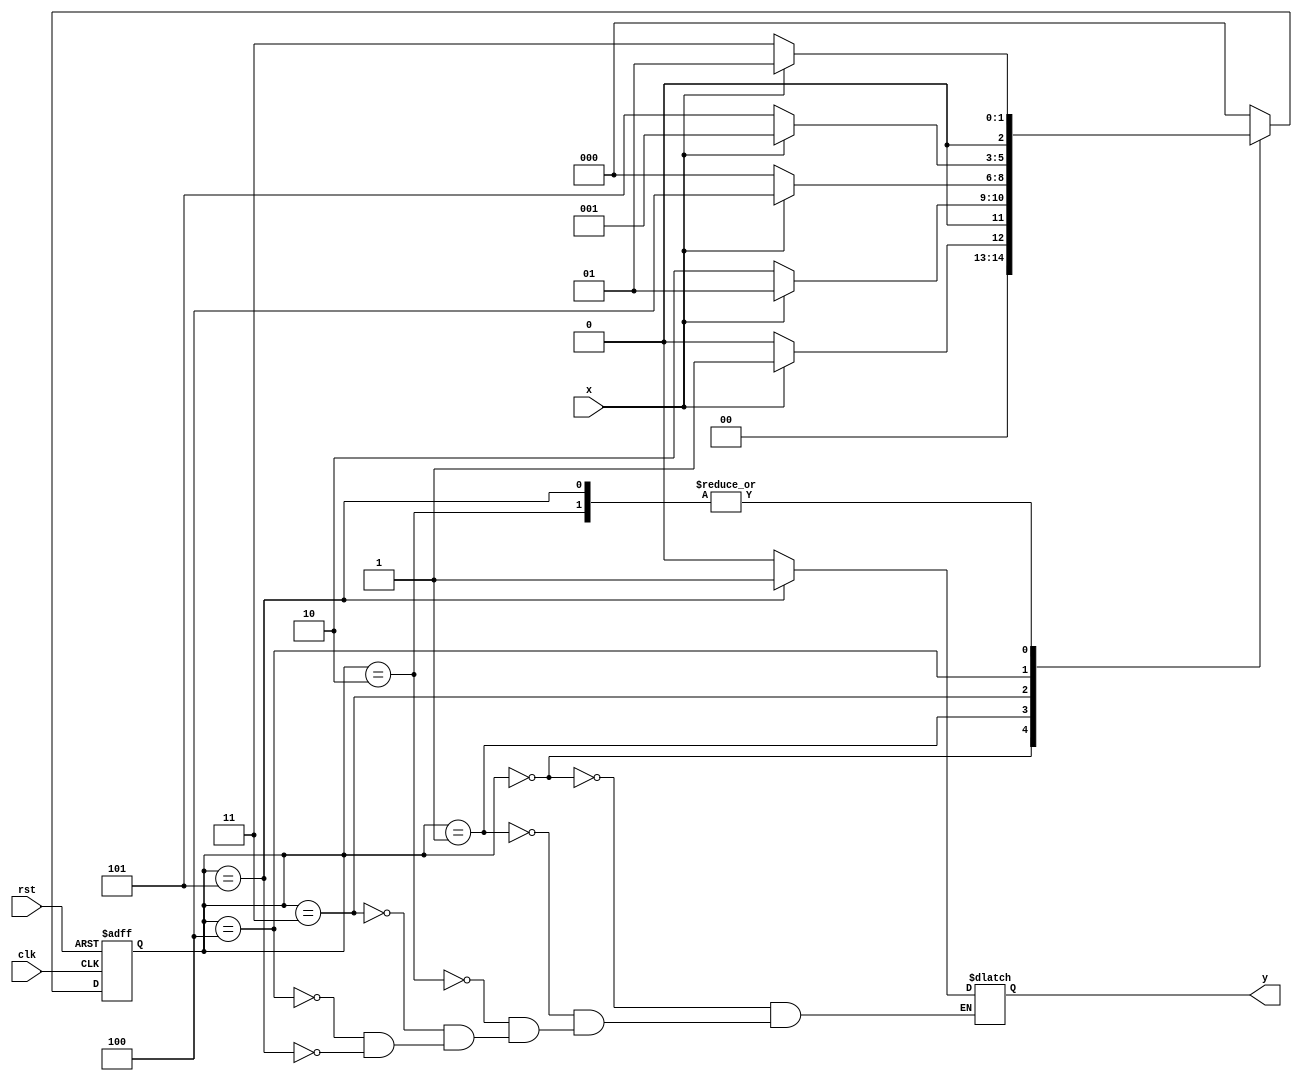
`timescale 1ns / 1ps
//////////////////////////////////////////////////////////////////////////////////
// Company: 
// Engineer: 
// 
// Design Name: 
// Module Name:    part2 
// Project Name: 
// Target Devices: 
// Tool versions: 
// Description: 
//
// Dependencies: 
//
// Revision: 
// Revision 0.01 - File Created
// Additional Comments: 
//
//////////////////////////////////////////////////////////////////////////////////
module part2(
    input x,
    input rst,
    input clk,
    output reg y
    );
reg [2:0] curState,nextState;

always @(posedge clk or  posedge rst)
begin
	if(rst)
		curState = 0;
	else 
		curState = nextState;
end

always @(x or curState)
begin
	case(curState)
	3'b000: if(x==0) nextState = 3'b000; else nextState = 3'b001;
	3'b001: if(x==0) nextState = 3'b010; else nextState = 3'b001;
	3'b010: if(x==0) nextState = 3'b011; else nextState = 3'b001;
	3'b011: if(x==0) nextState = 3'b000; else nextState = 3'b100;
	3'b100: if(x==0) nextState = 3'b101; else nextState = 3'b001;
	3'b101: if(x==0) nextState = 3'b011; else nextState = 3'b001;
	default : nextState = 3'b000;
	endcase
end

always @(curState)
begin
	case(curState)
	3'b000: y = 0;
	3'b001: y = 0;
	3'b010: y = 0;
	3'b011: y = 0;
	3'b100: y = 0;
	3'b101: y = 1;
	endcase
end


endmodule